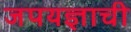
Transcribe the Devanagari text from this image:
जपयज्ञाची